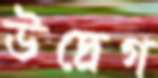
উদ্রেগ